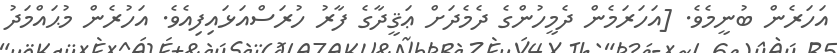
އަހަރެން ބުނީމެވެ. [އަހަރަމެން ދެމީހުންގެ ދެމެދަށް ޢަޤީދާގެ ފާރު ހުރަސްއަޅައިފިއެވެ. އަހުރެން މުޙައްމަދު